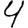
Digit: 4